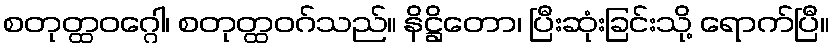
စတုတ္ထဝဂ္ဂေါ၊ စတုတ္ထဝဂ်သည်။ နိဋ္ဌိတော၊ ပြီးဆုံးခြင်းသို့ ရောက်ပြီ။